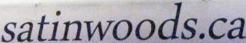
satinwoods.ca